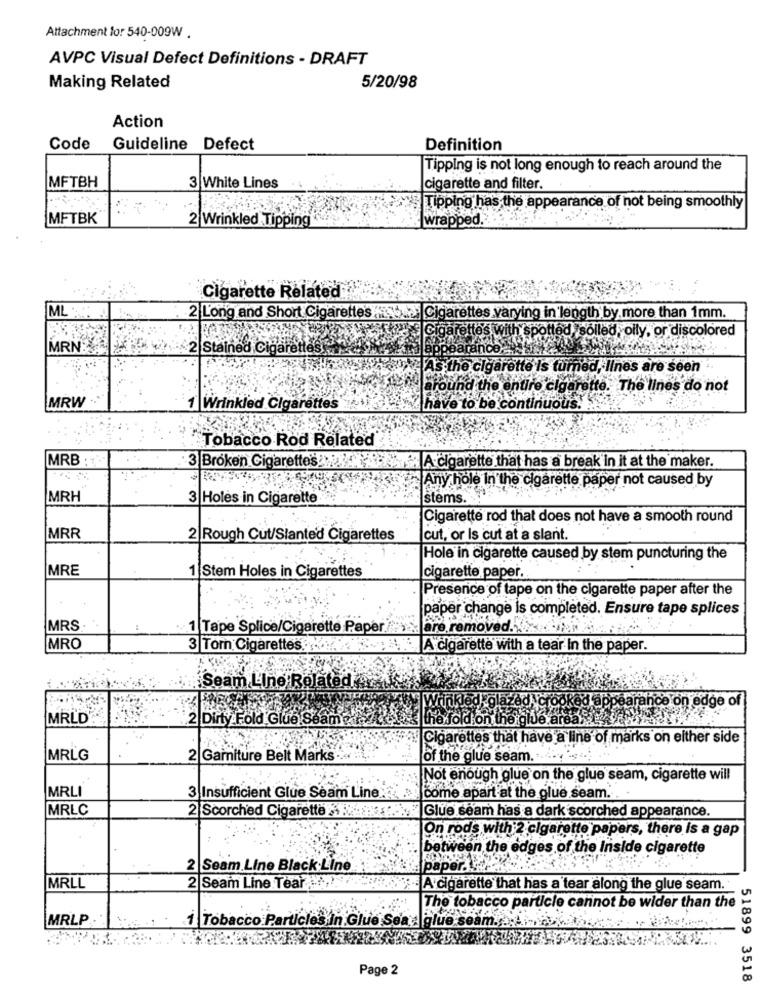
Attachment for 540-009W .
AVPC Visual Defect Definitions - DRAFT
Making Related
5/20/98
Action
Code
Guideline Defect
Definition
Tipping is not long enough to reach around the
MFTBH
3 White Lines
cigarette and filter.
Tipping has the appearance of not being smoothly
MFTBK
2 Wrinkled Tipping
wrapped.
Cigarette Related
ML ::
2 Long and Short Cigarettes b.s Cigarettes varying in length by more than 1mm.
rette's
spotted solled, oily, or discolored
MRN:
2 Stained Cigaretteskan
arance
As the cigarette is tum
d, lines are seen
re cigarette. The lines do not
MRW
1 Wrinkled Cigarettes
to be continuous.
Tobacco Rod Related
MRB ;
3 Broken Cigarettes
A cigarette that has a break in it at the maker.
Any hole In the cigarette paper not caused by
MRH
3 Holes in Cigarette
stems.
Cigarette rod that does not have a smooth round
MRR
2|Rough Cut/Slanted Cigarettes
cut, or Is cut at a slant.
Hole in cigarette caused by stem puncturing the
IMRE
1 Stem Holes in Cigarettes
cigarette paper ..
Preserice of tape on the cigarette paper after the
paper change is completed. Ensure tape splices
MRS
1 Tape Splice/Cigarette Paper
are removed ....
MRO
3 Torn Cigarettes.
A cigarette with a tear In the paper.
Seam Line Related
Acrooked appearance on edge of
MRLD
2 Dirty Fold Glue Se
the fold on
Cigarettes that have a line of marks on either side
MRLG
2 Garniture Belt Marks ....
of the glue seam.
Not enough glue on the glue seam, cigarette will
MRLI
3 Insufficient Glue Seam Line:
come apart at the glue seam ..
MRLC
2 Scorched Cigarette ....
Glue seam has a dark scorched appearance.
On rods
Ith 2 cigarette papers, there is a gap
bet
n,the e
iges of the Inside cigarette
2 Seam Line Black Line
MRLL
2 Seam Line Tear,
A cigarette that has a tear along the glue seam.
The tobacco particle cannot be wider than the
MRLP .
1 Tobacco Particles In Glue Sea: glue sea
Page 2
51899 3518